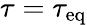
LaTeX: \tau=\tau_{\mathrm{eq}}